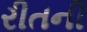
રીતની